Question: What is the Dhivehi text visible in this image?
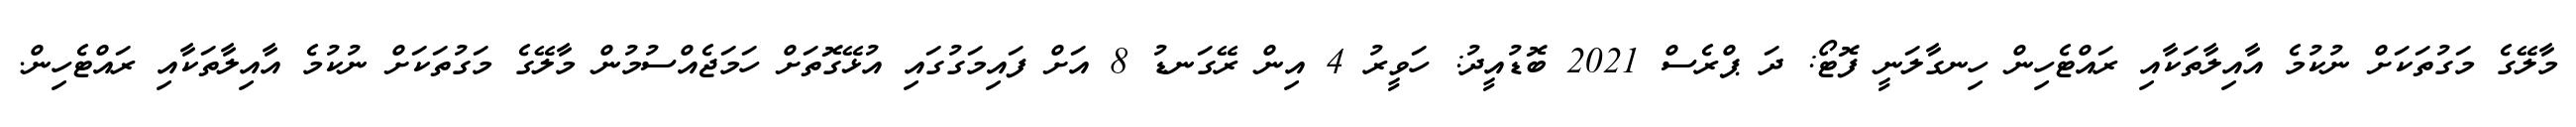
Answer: މާލޭގެ މަގުތަކަށް ނުކުމެ އާއިލާތަކާއި ރައްޓެހިން ހިނގާލަނީ ފޮޓޯ: ދަ ޕްރެސް 2021 ބޮޑުއީދު: ހަވީރު 4 އިން ރޭގަނޑު 8 އަށް ފައިމަގުގައި އުޅޭގޮތަށް ހަމަޖެއްސުމުން މާލޭގެ މަގުތަކަށް ނުކުމެ އާއިލާތަކާއި ރައްޓެހިން.